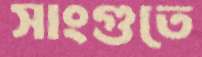
সাংগুতে